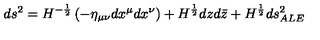
d s ^ { 2 } = H ^ { - \frac { 1 } { 2 } } \left( - \eta _ { \mu \nu } d x ^ { \mu } d x ^ { \nu } \right) + H ^ { \frac { 1 } { 2 } } d z d \bar { z } + H ^ { \frac { 1 } { 2 } } d s _ { A L E } ^ { 2 }